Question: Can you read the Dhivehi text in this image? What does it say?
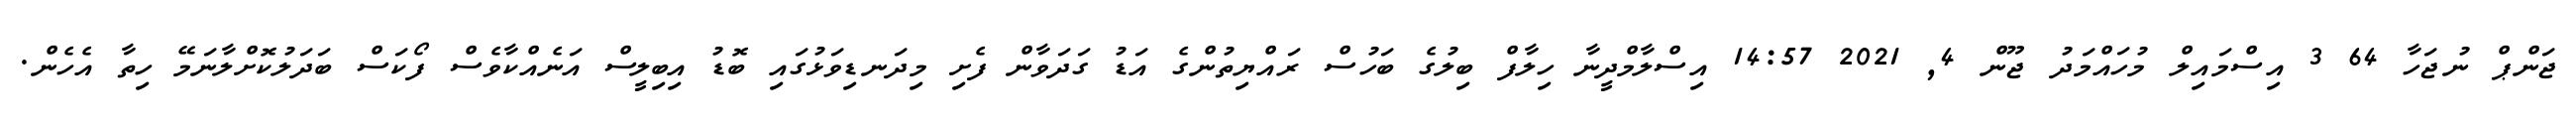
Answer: ޖަންޕް ނުޖަހާ 64 3 އިސްމައިލް މުހައްމަދު ޖޫން 4, 2021 14:57 އިސްލާމްދީނާ ހިލާފް ބިލުގެ ބަހުސް ރައްޔިތުންގެ އަޑު ގަދަވާން ފެށި މިދަނޑިވަޅުގައި ބޮޑު އިބިލީސް އަނެއްކާވެސް ފޯކަސް ބަދަލުކޮށްލާނަމޭ ހިތާ އެހެން.